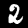
Digit: 2